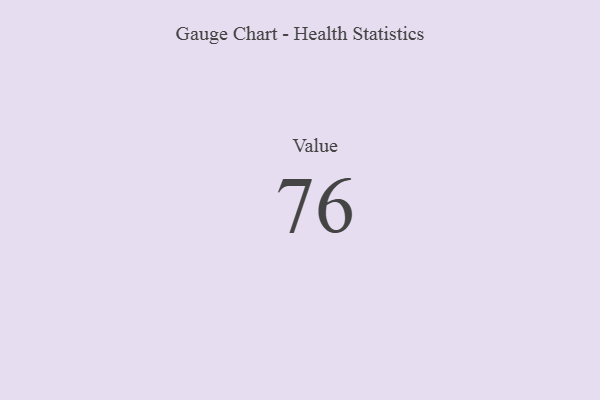
{"axis": {"x": "Metric", "y": "Value"}, "legend": [""], "data": [{"x": "Value", "y": 76, "type": ""}]}